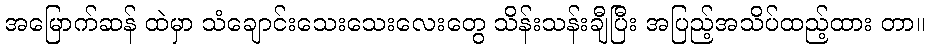
အမြောက်ဆန် ထဲမှာ သံချောင်းသေးသေးလေးတွေ သိန်းသန်းချီပြီး အပြည့်အသိပ်ထည့်ထား တာ။